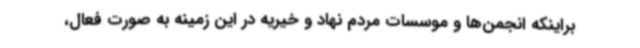
براینکه انجمن‌ها و موسسات مردم نهاد و خیریه در این زمینه به صورت فعال،